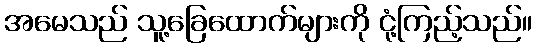
အမေသည် သူ့ခြေထောက်များကို ငုံ့ကြည့်သည်။